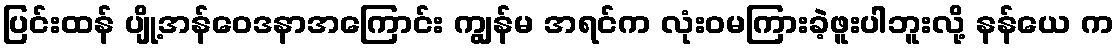
ပြင်းထန် ပျို့အန်ဝေဒနာအကြောင်း ကျွန်မ အရင်က လုံးဝမကြားခဲ့ဖူးပါဘူးလို့ နန်ယေ က